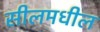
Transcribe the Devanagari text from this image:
सीलमधील